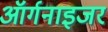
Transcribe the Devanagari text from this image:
ऑर्गनाइजर